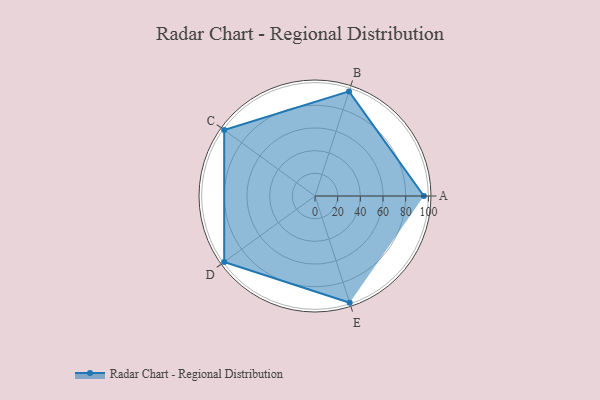
{"axis": {"x": "Skill", "y": "Score"}, "legend": ["Profile"], "data": [{"x": "A", "y": 96.0, "type": "Profile"}, {"x": "B", "y": 97.0, "type": "Profile"}, {"x": "C", "y": 99.0, "type": "Profile"}, {"x": "D", "y": 99, "type": "Profile"}, {"x": "E", "y": 99, "type": "Profile"}]}